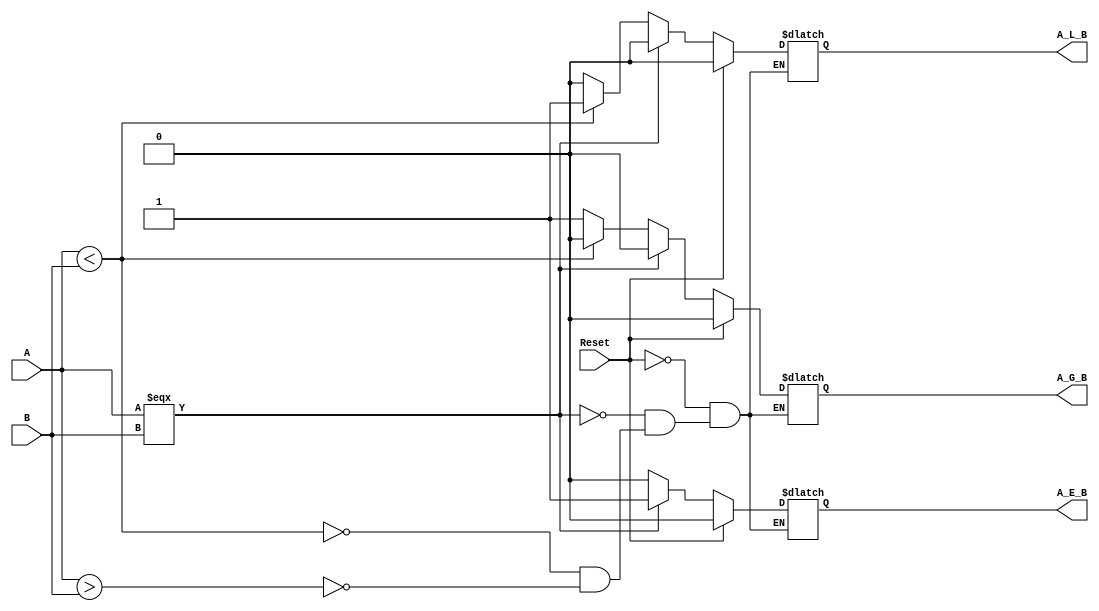
`timescale 1ns / 1ps
module Four_Bit_Comaprator(A, B, A_E_B, A_G_B, A_L_B, Reset);

    output A_E_B, A_G_B, A_L_B;
    input [3:0]A,B;
    input Reset;
    
    reg A_E_B, A_G_B, A_L_B;
    
    always @(A or B or Reset)
        begin
            if(Reset)
                begin
                    A_E_B <= 1'b0;
                    A_G_B <= 1'b0;
                    A_L_B <= 1'b0;
                 end
             else
                begin
                    if(A === B)
                        begin
                            A_E_B <= 1'b1;
                            A_G_B <= 1'b0;
                            A_L_B <= 1'b0;
                        end
                     else if(A < B)
                         begin
                             A_E_B <= 1'b0;
                             A_G_B <= 1'b0;
                             A_L_B <= 1'b1;
                          end
                     else if(A > B)
                          begin
                             A_E_B <= 1'b0;
                             A_G_B <= 1'b1;
                             A_L_B <= 1'b0;
                          end
                end
        end

endmodule